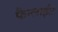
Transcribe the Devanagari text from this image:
फैन्लाईट